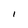
Character: 1